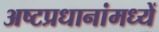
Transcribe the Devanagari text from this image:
अष्टप्रधानांमध्यें